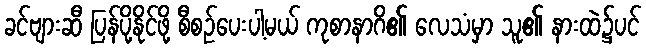
ခင်ဗျားဆီ ပြန်ပို့နိုင်ဖို့ စီစဉ်ပေးပါ့မယ် ကုစာနာဂိ၏ လေသံမှာ သူ၏ နားထဲ၌ပင်